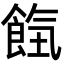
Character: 𩛹